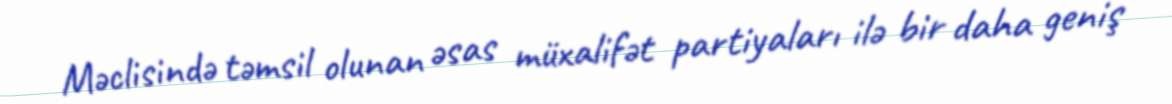
Məclisində təmsil olunan əsas müxalifət partiyaları ilə bir daha geniş